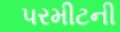
પરમીટની